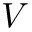
V